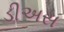
ડીઅસ